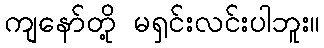
ကျနော်တို့ မရှင်းလင်းပါဘူး။